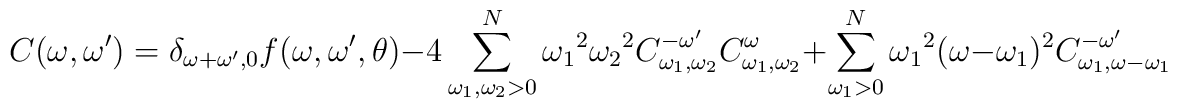
C(\omega,\omega') = \delta_{{\omega+\omega'},0} f(\omega , \omega' ,\theta) -4\sum_{\omega_1 ,\omega_2 >0 }^N {\omega_1}^2 {\omega_2}^2 C_{\omega_1,\omega_2}^{-\omega'}\: C_{\omega_1 ,\omega_2}^{\omega} + \sum_{\omega_1>0}^N {\omega_1}^2\:(\omega - \omega_1)^2\:C_{\omega_1,\omega-\omega_1}^{-\omega'}